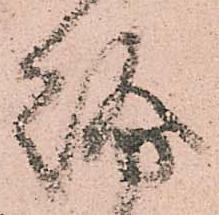
紛